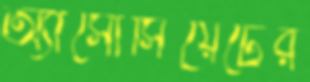
অ্যাসোসিয়েটের